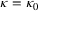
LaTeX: \kappa = \kappa _ { 0 }